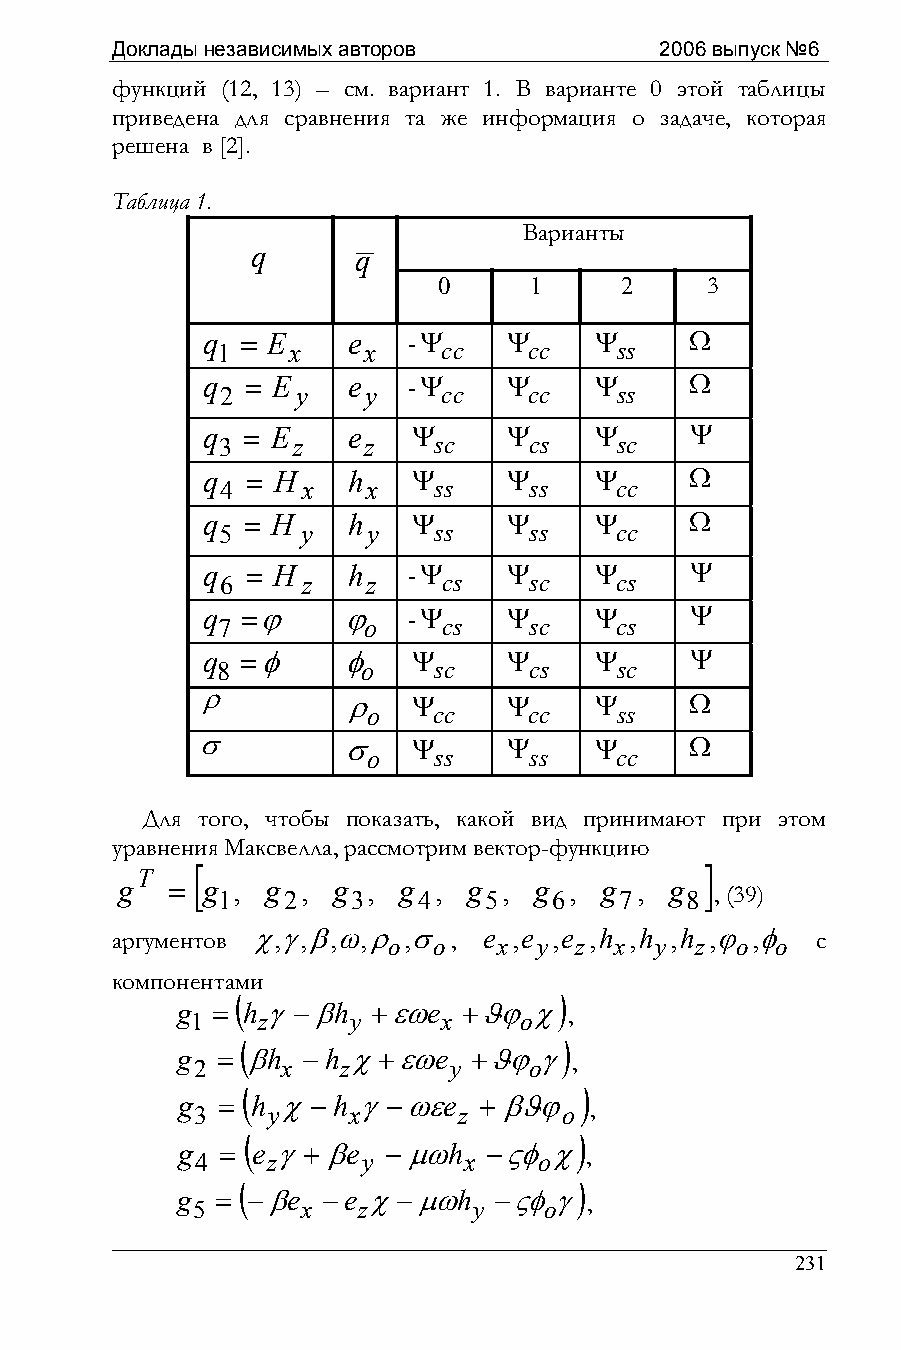
Доклады независимых авторов          2006 выпуск №6
 функций (12, 13) – см. вариант 1. В варианте 0 этой таблицы
 приведена для сравнения та же информация о задаче, которая
 решена в [2].
 Таблица 1.
 Варианты
 q     q
 0     1     2     3
 q
 1
 = E
 x
 e
 x
 -Ψ
 cc
 Ψ
 cc
 Ψ
 ss
 Ω
 q
 2
 = E
 y
 e
 y
 -Ψ
 cc
 Ψ
 cc
 Ψ
 ss
 Ω
 q
 3
 = E
 z
 e
 z
 Ψ
 sc
 Ψ
 cs
 Ψ
 sc
 Ψ
 q
 4
 = H
 x
 h
 x
 Ψ
 ss
 Ψ
 ss
 Ψ
 cc
 Ω
 q
 5
 = H
 y
 h
 y
 Ψ
 ss
 Ψ
 ss
 Ψ
 cc
 Ω
 q
 6
 = H
 z
 h
 z
 -Ψ
 cs
 Ψ
 sc
 Ψ
 cs
 Ψ
 q
 7
 =ϕ     ϕ
 o
 -Ψ
 cs
 Ψ
 sc
 Ψ
 cs
 Ψ
 q
 8
 =φ     φ
 o
 Ψ
 sc
 Ψ
 cs
 Ψ
 sc
 Ψ
 ρ         ρ
 o
 Ψ
 cc
 Ψ
 cc
 Ψ
 ss
 Ω
 σ         σ
 o
 Ψ
 ss
 Ψ
 ss
 Ψ
 cc
 Ω
 Для того, чтобы показать, какой вид принимают при этом
 уравнения Максвелла, рассмотрим вектор-функцию
 [                                 ]
 T
 g  = g ,  g , g , g  , g , g  , g , g
 1    2   3    4   5    6   7   8 , (39)
 аргументов χ,γ,β,ω,ρ o,σ o, e x,e y,e z,h x,h y,h z,ϕ o,φ o с
 компонентами
 (                    )
 g 1 = h zγ−βh y +εωe x +ϑϕ oχ ,
 (                    )
 g 2 = βh x − h zχ+εωe y +ϑϕ oγ ,
 (                     )
 g 3 = h yχ− h xγ−ωεe z +βϑϕ o ,
 (                     )
 g 4 = e zγ+βe y −µωh x −ςφ oχ ,
 (                     )
 g 5 = −βe x −e zχ−µωh y −ςφ oγ ,
 231